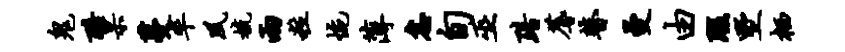
鬼酷杲蔓率夙梳两粒惋薄怠旬巫黯蓐瞽曼由瑕墅栖